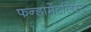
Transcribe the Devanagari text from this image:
फन्डामेंटलिस्ट